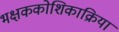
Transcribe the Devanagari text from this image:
भक्षककोशिकाक्रिया